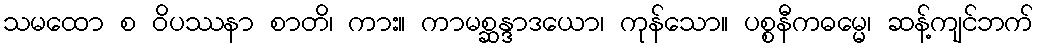
သမထော စ ဝိပဿနာ စာတိ၊ ကား။ ကာမစ္ဆန္ဒာဒယော၊ ကုန်သော။ ပစ္စနီကဓမ္မေ၊ ဆန့်ကျင်ဘက်